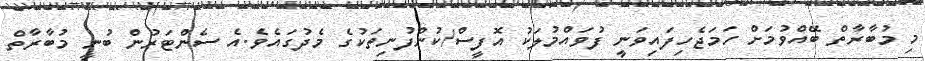
މި މުބާރާތް ބޭއްވުމަށް ހަމަޖެހިފައިވަނީ ފުވައްމުލަކު އޮފީސް/ކުންފުނިތަކުގެ މެދުގައެވެ.އެ ސެންޓަރުން ބުނީ މުބާރާތް